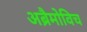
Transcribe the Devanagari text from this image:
अब्रैमोविच